Lunatic asylums Madras 1877-1891 - 1877-1891
Year: 1877
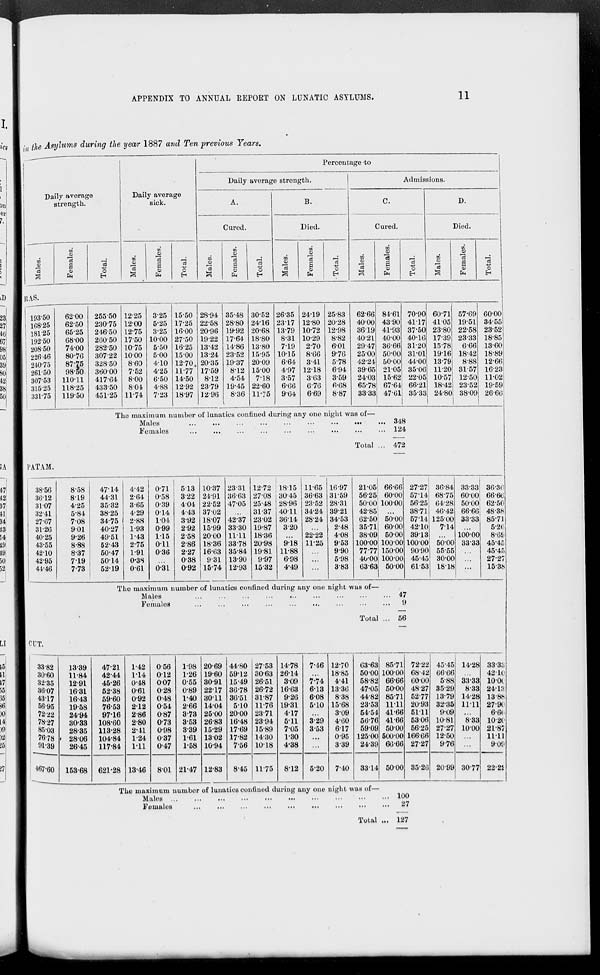
APPENDIX TO ANNUAL REPORT ON LUNATIC ASYLUMS,
11
in the Asylums during the year 1887 and Ten previous Years.
Daily average
strength.
Males.
RAS.
193.50
168.25
181.25
192.50
208.50
226.46
240.75
261.50
307.53
315.25
331.75
Females.
62.00
62.50
65.25
68.00
74.00
80.76
87.75
98.50
110.11
118.25
119.50
Total.
255.50
230.75
246.50
260.50
282.50
307.22
328.50
360.00
417.64
433.50
451.25
Daily average
sick.
Males.
12.25
12.00
12.75
17.50
10.75
10.00
8.60
7.52
8.00
8.04
11.74
Females.
3.25
5.25
3.25
10.00
5.50
5.00
4.10
4.25
6.50
4.88
7.23
Total.
15.50
17.25
16.00
27.50
16.25
15.00
12.70
11.77
14.50
12.92
18.97
Percentage to
Daily average strength.
A.
Cured.
Males.
28.94
22.58
20.96
19.22
13.42
13.24
20.35
17.59
8.12
23.79
12.96
Females.
35.48
28.80
19.92
17.64
14.86
23.52
19.37
8.12
4.54
19.45
8.36
Total.
30.52
24.16
20.68
18.80
13.80
15.95
20.09
15.00
7.18
22.60
11.75
B.
Died.
Males.
26.35
23.17
13.79
8.31
7.19
10.15
6.64
4.97
3.57
6.66
9.64
Females.
24.19
12.80
10.72
10.29
2.70
8.66
3.41
12.18
3.63
6.76
6.69
Total.
25.83
20.28
12.98
8.82
6.01
9.76
5.78
6.94
3.59
6.68
8.87
Admissions.
C.
Cured.
Males.
62.66
40.00
36.19
40.21
29.47
25.00
42.24
39.65
24.03
65.78
33.33
The maximum number of lunatics confined during any one night was of—
Males
...
...
...
...
...
...
... ... ...
Females
...
...
...
...
...
...
...
...
...
Total ...
PATAM.
38.56
36.12
31.07
32.41
27.67
31.26
40.25
43.55
42.10
42.95
44.46
8.58
8.19
4.25
5.84
7.08
9.01
9.26
8.88
8.37
7.19
7.73
47.14
44.31
35.32
38.25
34.75
40.27
49.51
52.43
50.47
50.14
52.19
4.42
2.64
3.65
4.29
2.88
1.93
1.43
2.75
1.91
0.38
0.61
0.71
0.58
0.39
0.14
1.04
0.99
1.15
0.11
0.36
...
0.31
5.13
3.22
4.04
4.43
3.92
2.92
2.58
2.86
2.27
0.38
0.92
10.37
24.91
22.52
37.02
18.07
15.99
20.00
18.36
16.63
9.31
15.74
23.31
36.63
47.05
...
42.37
33.30
11.11
33.78
35.84
13.90
12.93
12.72
27.08
25.48
31.37
23.02
19.87
18.36
20.98
19.81
9.97
15.32
18.15
30.45
28.96
40.11
36.14
3.20
...
9.18
11.88
6.98
4.49
11.65
36.63
23.52
34.24
28.24
...
22.22
11.25
...
...
...
16.97
31.59
28.31
39.21
34.53
2.48
4.08
9.53
9.90
5.98
3.83
21.05
56.25
50.00
42.85
62.50
35.71
38.09
100.00
77.77
40.00
63.63
Females.
84.61
43.90
41.93
40.00
36.66
50.00
50.00
21.05
15.62
67.64
47.61
Total.
70.90
41.17
37.50
40.16
31.20
31.01
44.00
35.06
22.05
66.21
35.33
D.
Died.
Males.
60.71
41.05
23.80
17.39
15.78
19.16
13.79
11.20
10.57
18.42
24.80
Females.
57.69
19.51
22.58
23.33
6.66
18.42
8.88
31.57
12.50
23.52
38.09
Total.
60.00
34.55
23.52
18.85
13.60
18.89
12.66
16.23
11.02
19.59
26.66
348
124
472
66.66
60.00
100.00
...
50.00
60.00
50.00
100.00
150.00
100.00
50.00
The maximum number of lunatics confined during any one night was of—
Males
...
...
...
...
...
...
...
...
...
Females
...
...
...
...
...
...
...
...
...
Total ...
CUT.
33.82
30.60
32.35
36.07
43.17
56.95
72.22
78.27
85.03
76.78
91.39
467.60
13.39
11.84
12.91
16.31
16.43
19.58
24.94
30.33
28.35
28.06
26.45
153.68
47.21
42.44
45.26
52.38
59.60
76.53
97.16
108.60
113.28
104.84
117.84
621.28
1.42
1.14
0.48
0.61
0.92
2.12
2.86
2.80
2.41
1.24
1.11
13.46
0.56
0.12
0.07
0.28
0.48
0.54
0.87
0.73
0.98
0.37
0.47
8.01
1.98
1.26
0.55
0.89
1.40
2.66
3.73
3.53
3.39
1.61
1.58
21.47
20.69
19.60
30.91
22.17
30.11
14.04
25.00
26.83
15.29
13.02
10.94
12.83
44.80
59.12
15.49
36.78
36.51
5.10
20.00
16.48
17.69
17.82
7.56
8.45
27.53
30.63
26.51
26.72
31.87
11.76
23.71
23.94
15.89
14.30
10.18
11.75
14.78
26.14
3.09
16.63
9.26
19.31
4.17
5.11
7.05
1.30
4.38
8.12
7.46
...
7.74
6.13
6.08
5.10
...
3.29
3.53
...
...
5.20
12.70
18.85
4.41
13.36
8.38
15.68
3.09
4.60
6.17
0.95
3.39
7.40
63.63
50.00
58.82
47.05
44.82
23.53
54.54
56.76
59.09
125.00
24.39
33.14
27.27
57.14
56.25
38.71
57.14
42.10
39.13
100.00
90.90
45.45
61.53
36.84
68.75
64.28
46.42
125.00
7.14
...
50.00
55.55
30.00
18.18
33.33
60.00
50.00
66.66
33.33
...
100.00
33.33
...
...
...
36.36
66.66
62.50
48.38
85.71
5.26
8.69
45.45
45.45
27.27
15.38
47
9
56
85.71
100.00
66.66
50.00
85.71
11.11
41.66
41.66
50.00
500.00
66.66
50.00
The maximum number of lunatics confined during any one night was of—
Males ...
...
...
...
...
...
...
...
...
...
Females ... ... ... ... ... ... ... ... ...
Total ...
72.22
68.42
60.00
48.27
52.77
20.93
51.11
53.06
56.25
166.66
27.27
35.26
45.45
66.66
5.88
35.29
13.79
32.35
9.09
10.81
27.27
12.50
9.76
20.99
14.28
...
33.33
8.33
14.28
11.11
...
8.33
10.00
...
...
30.77
33.33
42.10
10.00
24.13
13.88
27.90
6.66
10.20
21.87
11.11
9.09
22.22
100
27
127